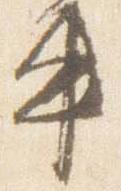
車